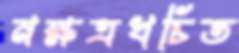
নক্ষত্রখচিত